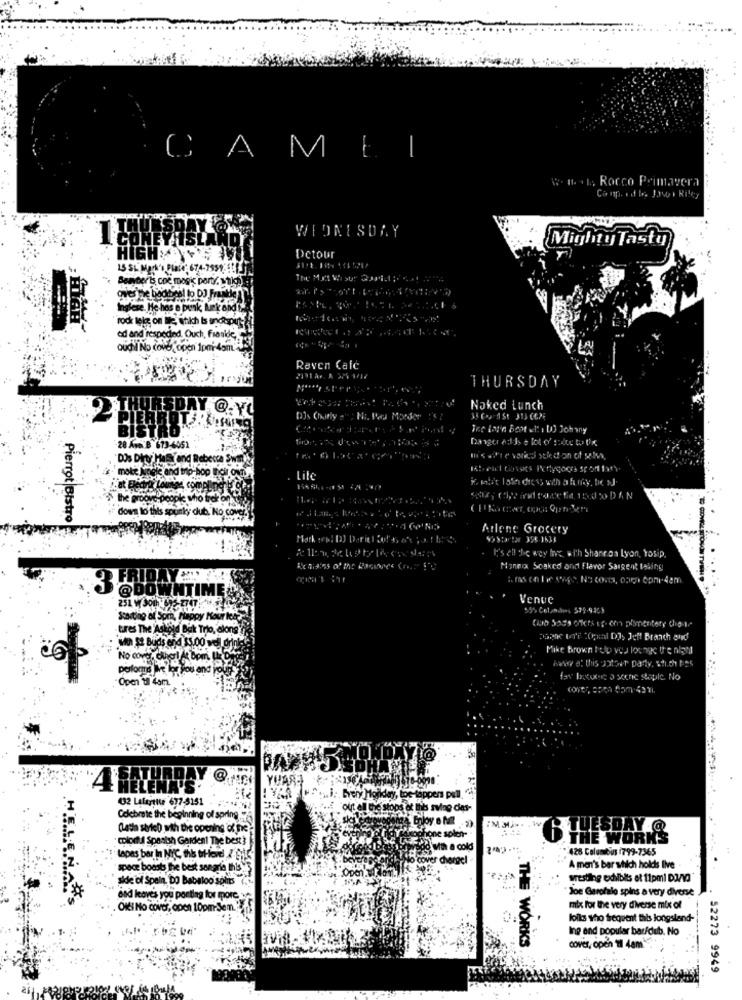
CAMEI
1 . 1; Rocco Primavera
Comp. od b. Javo + Riley
WEDNESDAY
EVISLAR
Mighty Tasty
HIGH ACHT
Detour
15 S
se punk Lekon
rodr lelg: on Ie, stikch is notput
od and respected. Ouch, Froide
oudil No cover, open 1pmi-4am
Raven Calc
THURSDAY
Naked Lunch
Danger ed is a lot of endoc tu tis
-28 ANS B 673-4051
"DOS DIt'
af and Rebecca Swill
Lite
is, mint lote dress with a hry, tre J
the mr
down to this spunky dub. No cover.
Pierrot Bistro
Arlene Grocery
Vhstartar 356 1635
I's ell hie wey hvc wl'h Shanroa lyon, tosip,
Renities of the Bananes Con 'S
Mannix Soaked and Flavor Sargent taling
@DOWNTIME&
Venue
55% Colamalas 579-9303
Starting of Some, Happy Hour leie
tures The Ashold But Trio, alongy
wil S2 Buds end 15.00 well drin
Darne toff COped DI, Jeff Branch and
Mike brown Iolo voy lounge the night
No cover, Cheil A Bom, Un
har at this Jother party, stich Fes
performs Ive lor you and po
Open u 4am
far bakune a scene staple No
YUART
432 Lafayette 677-3151
... i: Every Monday,
pull
out all the stops
This sving dies-
Celebrate the beginning of spring.
(Latin style) with the opening of fre
ESDAY @
colorful Spanish Garden! The best 3
ra cindysaxophone
O THE WORK'S
With a cold
*(26 Columbus :799-7365
tapas bar In MYC, the thevd / 91
No cover chergel
space boosts the best sangria this
A mani's bar shich holds live
side of Spain, DO Babaloo soms (
wresting edilbits et 11pmi D3/VO
Joe Garofalo spins a very diverse
bad leaves you pontleg for more,
OKI No cover, open 10pm-Sem."
mix for the very diverse mix of
folks who frequent this longsland
Ine and popular bar/dub. No
THE WORKS
cover, open 'al 4am
52273 9949